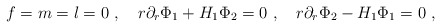
\begin{align*}f=m=l=0 \ , \ \ \ r \partial_r \Phi_1 + H_1 \Phi_2 =0 \ , \ \ \ r \partial_r \Phi_2 - H_1 \Phi_1 =0 \ , \end{align*}